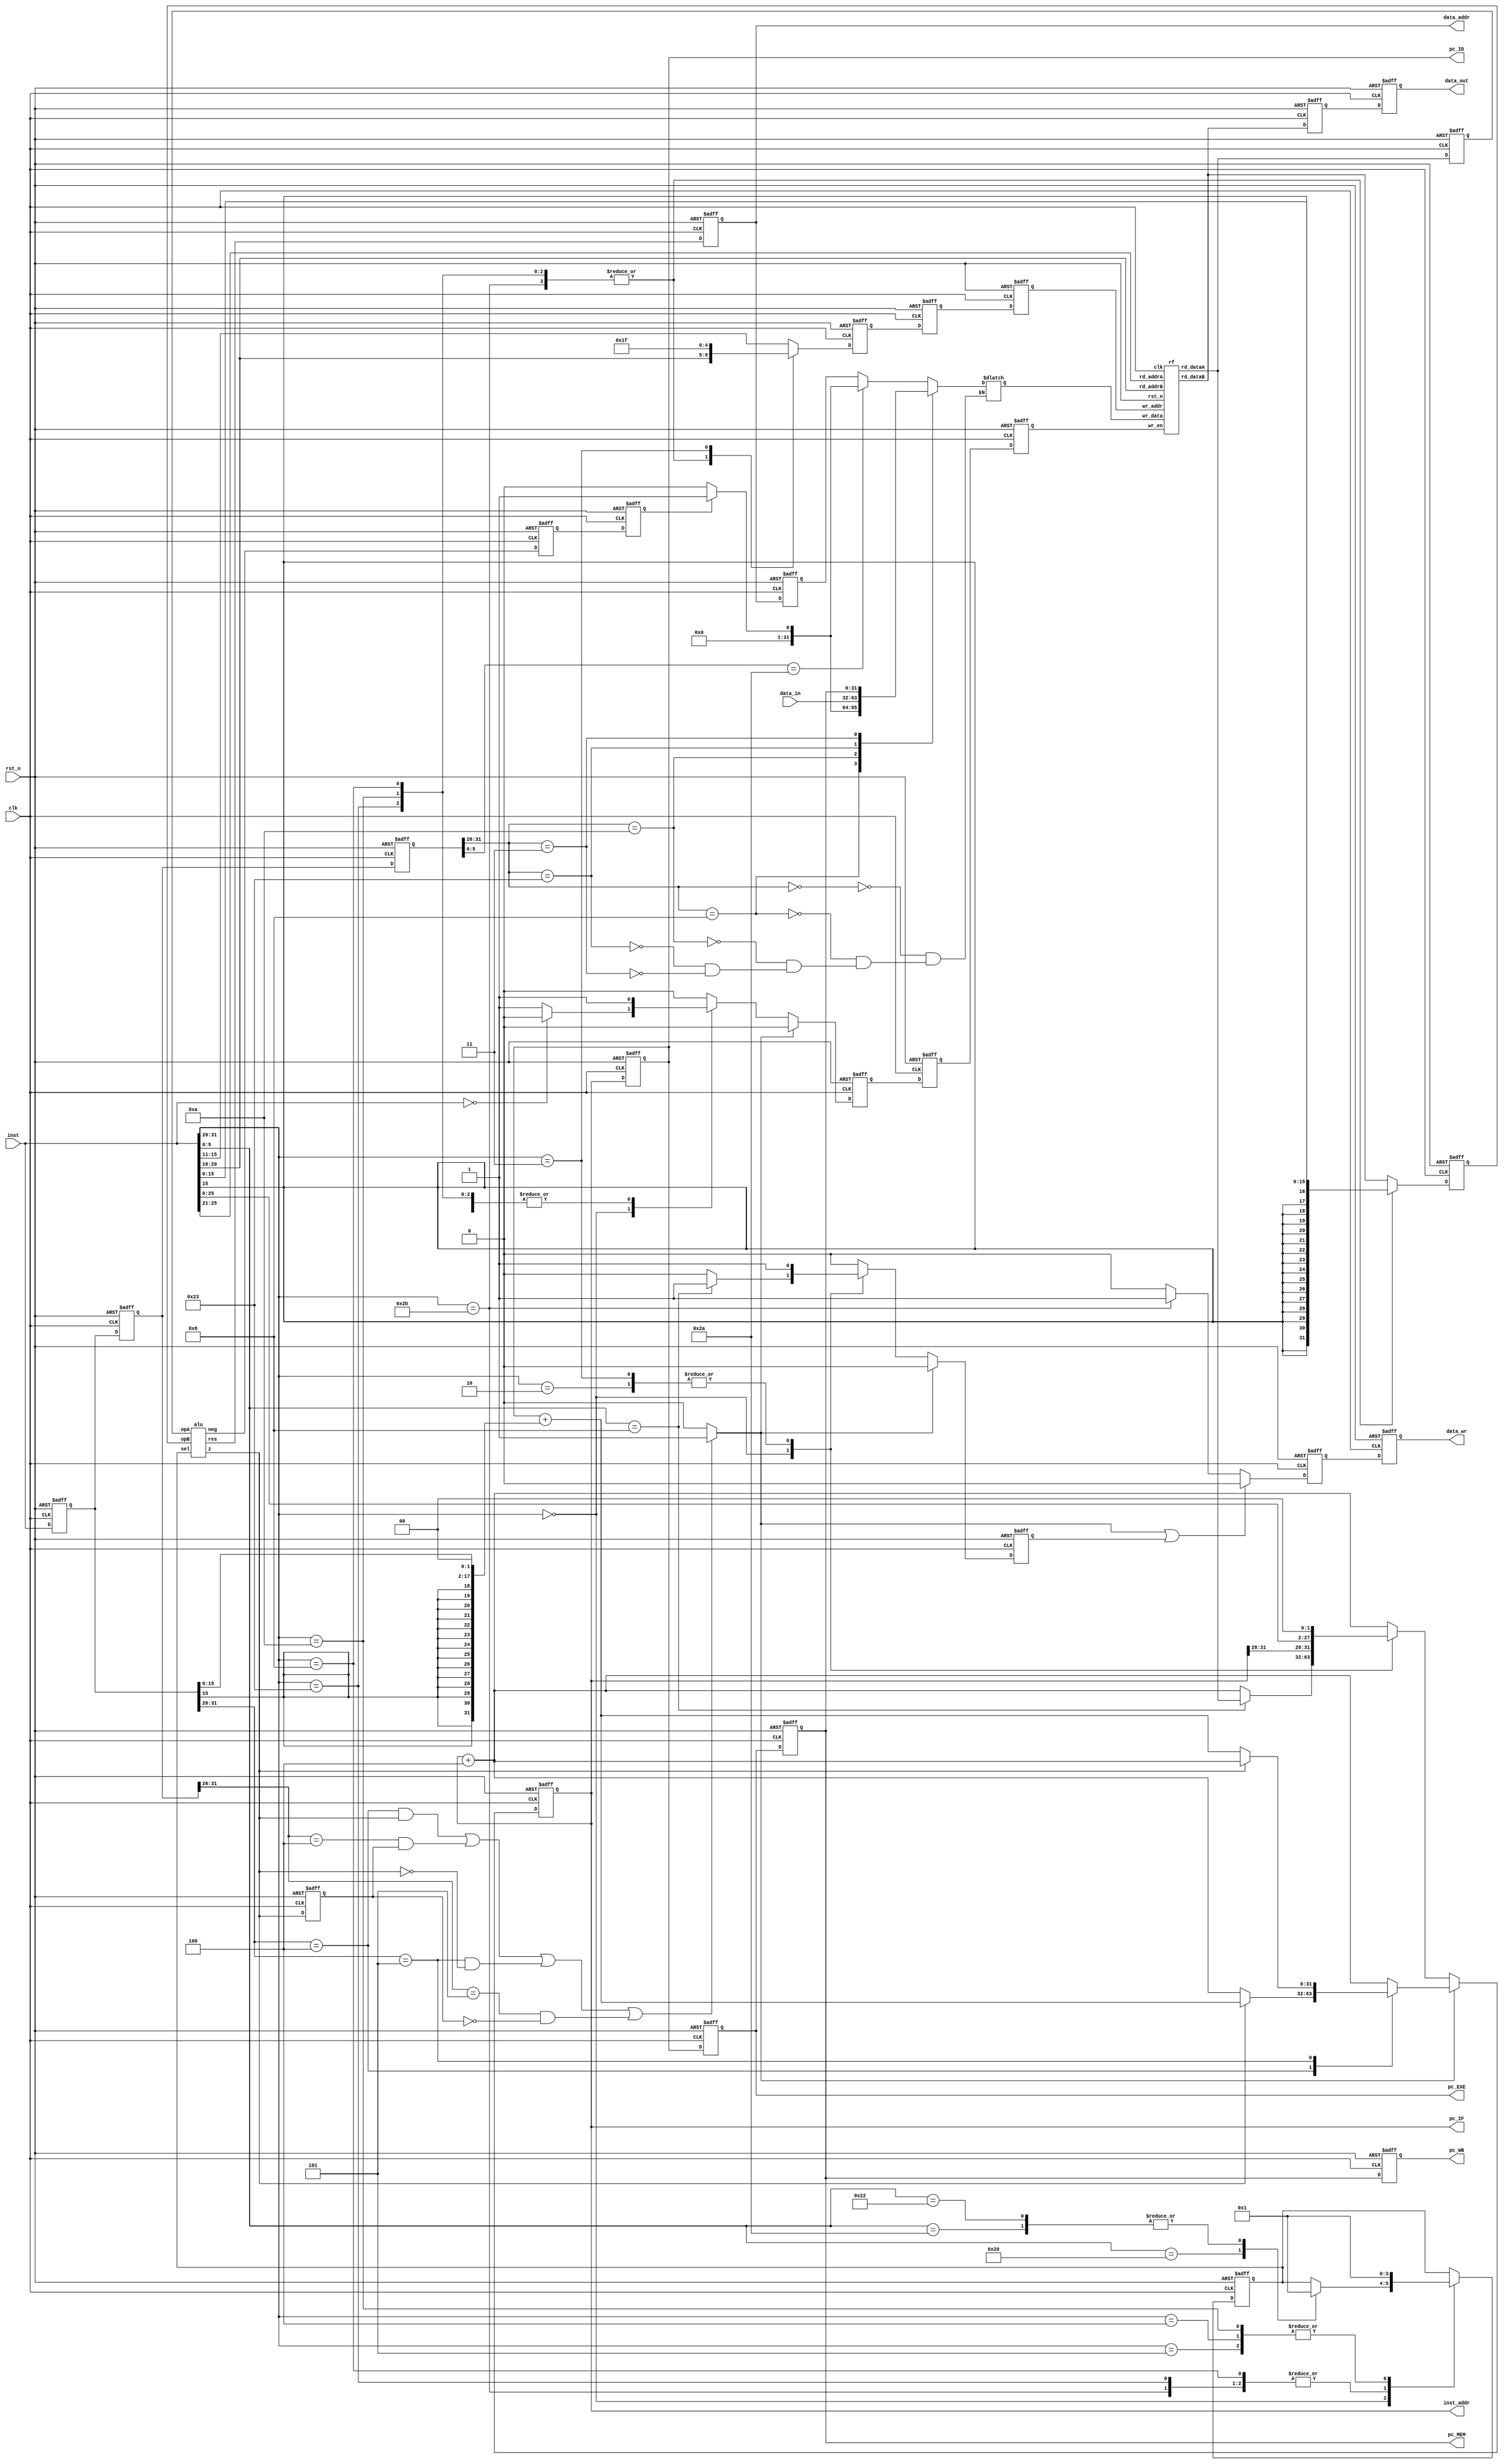
`timescale 1ns/1ps
`define WORD_WIDTH 32
`define MEM_DEPTH  32
`define MEM_WIDTH  32
`define INPUT_DELAY 5
`define OUTPUT_DELAY 5

module pipelined_mips ( clk, rst_n, inst_addr, inst, data_addr, data_in,
  data_out, data_wr, pc_IF, pc_ID, pc_EXE, pc_MEM, pc_WB );
  input clk;
  input rst_n;
  output [31:0] inst_addr;
  input [31:0] inst;
  output [31:0] data_addr;
  input [31:0] data_in;
  output [31:0] data_out;
  output data_wr;
  output [31:0] pc_IF;
  output [31:0] pc_ID;
  output [31:0] pc_EXE;
  output [31:0] pc_MEM;
  output [31:0] pc_WB;

  parameter instBEQ = 6'b000100;
  parameter instBNE = 6'b000101;
  parameter instADDI = 6'b001000;
  parameter instSLTI = 6'b001010;
  parameter instSW = 6'b101011;
  parameter instLW = 6'b100011;
  parameter instJUMP = 6'b000010;
  parameter instJAL = 6'b000011;

  parameter instRType = 6'd0;

  parameter functADD = 6'b100000;
  parameter functSUB = 6'b100010;
  parameter functSLT = 6'b101010;
  parameter functJR = 6'b001000;

  parameter aluAdd = 2'd0;
  parameter aluSub = 2'd1;

  wire [31:0] rd_dataA;
  wire [31:0] rd_dataB;

  /* Program Counter */
  reg [31:0] inst_addr;

  wire [31:0] aluRes;
  wire aluZ;
  wire aluNeg;

  wire [31:0] pc_IF;
  wire [31:0] pc_ID;
  wire [31:0] pc_EXE;
  wire [31:0] pc_MEM;
  wire [31:0] pc_WB;

  reg [31:0] if_id_inst_addr;
  wire [31:0] if_id_inst;

  reg [31:0] id_exe_aluOpA;
  reg [31:0] id_exe_aluOpB;
  reg [31:0] id_exe_storeOp;
  reg [4:0] id_exe_wr_addr;
  reg [31:0] id_exe_inst;
  reg [31:0] id_exe_inst_addr;
  reg [1:0] id_exe_aluSel;
  reg id_exe_data_wr;
  reg id_exe_wr_en;

  reg [31:0] exe_mem_aluRes;
  reg [31:0] exe_mem_storeOp;
  reg [4:0] exe_mem_wr_addr;
  reg [31:0] exe_mem_inst;
  reg [31:0] exe_mem_inst_addr;
  reg exe_mem_wr_en;
  reg exe_mem_data_wr;
  reg exe_mem_aluZ;
  reg exe_mem_aluNeg;

  reg [4:0] mem_wb_wr_addr;
  reg [31:0] mem_wb_wr_data;
  reg [31:0] mem_wb_inst;
  reg [31:0] mem_wb_inst_addr;
  reg [31:0] mem_wb_aluRes;
  reg mem_wb_wr_en;
  reg mem_wb_aluNeg;

  reg branch_taken;
  reg flush_jump;

  /* Register File */
  rf R1 (.clk(clk),
    .rst_n(rst_n),
    .rd_addrA(if_id_inst[25:21]),
    .rd_addrB(if_id_inst[20:16]),
    .rd_dataA(rd_dataA),
    .rd_dataB(rd_dataB),
    .wr_en(mem_wb_wr_en),
    .wr_addr(mem_wb_wr_addr),
    .wr_data(mem_wb_wr_data)
  );

  /* ALU */
  alu A1 (.opA(id_exe_aluOpA),
    .opB(id_exe_aluOpB),
    .sel(id_exe_aluSel),
    .res(aluRes),
    .z(aluZ),
    .neg(aluNeg)
  );

  always @ (*)
    if ( ((id_exe_inst[31:26] == instBEQ) && aluZ) || ((exe_mem_inst[31:26] == instBEQ) && exe_mem_aluZ) ||
      ((id_exe_inst[31:26] == instBNE) && !aluZ) || ((exe_mem_inst[31:26] == instBNE) && !exe_mem_aluZ) )
      branch_taken <= 1'b1;
    else
      branch_taken <= 1'b0;

  always @ (posedge clk, negedge rst_n)
    if (!rst_n) flush_jump <= 1'b0;
    else
      if (!branch_taken)
        case (if_id_inst[31:26])
          instRType:
            case (if_id_inst[5:0])
              functJR:
                flush_jump <= 1'b1;
              default:
                flush_jump <= 1'b0;
            endcase

          instJUMP,instJAL:
            flush_jump <= 1'b1;

          default:
            flush_jump <= 1'b0;
        endcase
      else
        flush_jump <= 1'b0;

  reg [31:0] new_inst_addr;
  reg [31:0] inst_plus_four;

  // Program Counter Logic
  always @ (posedge clk, negedge rst_n)
    if (!rst_n)
      inst_addr <= 0;
    else
      if (!branch_taken)
        case (if_id_inst[31:26])
          instRType:
            case (if_id_inst[5:0])
              functJR:
                // rd_dataA contains the value of $ra ($31)
                inst_addr <= rd_dataA;
              default:
                inst_addr <= inst_addr + 4;
            endcase
          instJUMP,
          instJAL:
            inst_addr <= { inst_addr[31:28], if_id_inst[25:0], 2'b0 };
          default:
            inst_addr <= inst_addr + 4;
        endcase
      else
        // "id_exe_inst[31:26]" is the instruction opcode at the EXE stage
        case (id_exe_inst[31:26])
          instBEQ:
            if (aluZ)
              inst_addr <= if_id_inst_addr + { {14{id_exe_inst[15]}}, id_exe_inst[15:0], 2'b0 };
            else
              inst_addr <= inst_addr + 4;
          instBNE:
            if (!aluZ)
              inst_addr <= if_id_inst_addr + { {14{id_exe_inst[15]}}, id_exe_inst[15:0], 2'b0 };
            else
              inst_addr <= inst_addr + 4;
          default:
            inst_addr <= inst_addr + 4;
        endcase

  /* IF/ID Pipeline Register */
  always @ (posedge clk, negedge rst_n)
    if (!rst_n) begin
      if_id_inst_addr <= 0;
    end
    else begin
      if_id_inst_addr <= pc_IF;
    end

  assign if_id_inst = inst;

  /* IF/ID Pipeline Register end */

  // PC at IF stage
  assign pc_IF = inst_addr;
  assign pc_ID = if_id_inst_addr;
  assign pc_EXE = id_exe_inst_addr;
  assign pc_MEM = exe_mem_inst_addr;
  assign pc_WB = mem_wb_inst_addr;

  /* ID/EXE Pipeline Register */
  always @ (posedge clk, negedge rst_n)
    if (!rst_n) id_exe_aluOpA <= 0;
    else id_exe_aluOpA <= rd_dataA;

  always @ (posedge clk, negedge rst_n)
    if (!rst_n) id_exe_aluOpB <= 0;
    else
      // "if_id_inst[31:26]" is the instruction opcode at ID stage
      case (if_id_inst[31:26])
        instRType:
          id_exe_aluOpB <= rd_dataB;
        instADDI,
        instSLTI,
        instSW,
        instLW:
          id_exe_aluOpB <= { {16{inst[15]}}, inst[15:0] };		// sign extend
        default:
          id_exe_aluOpB <= rd_dataB;
      endcase

  always @ (posedge clk, negedge rst_n)
    if (!rst_n) id_exe_storeOp <= 0;
    else id_exe_storeOp <= rd_dataB;

  always @ (posedge clk, negedge rst_n)
    if (!rst_n) id_exe_inst <= 0;
    else id_exe_inst <= if_id_inst;

  always @ (posedge clk, negedge rst_n)
    if (!rst_n) id_exe_inst_addr <= 0;
    else id_exe_inst_addr <= if_id_inst_addr;

  always @ (posedge clk, negedge rst_n)
    if (!rst_n) id_exe_wr_addr <= 0;
    else
      // "if_id_inst[31:26]" is the instruction opcode at ID stage
      case (if_id_inst[31:26])
        instRType:
          id_exe_wr_addr <= if_id_inst[15:11];		// rd
        instADDI,
        instSLTI,
        instSW,
        instLW:
          id_exe_wr_addr <= if_id_inst[20:16];		// rt
        instJAL:
          id_exe_wr_addr <= 31;   // write to $ra (return address)
        default:
          id_exe_wr_addr <= if_id_inst[15:11];
      endcase

  always @ (posedge clk, negedge rst_n)
    if (!rst_n) id_exe_aluSel <= 0;
    else
      // "if_id_inst[31:26]" is the instruction opcode at ID stage
      case (if_id_inst[31:26])
        instRType:
        // "if_id_inst[5:0]" is the funct code for an R type instruction at ID stage
          case (if_id_inst[5:0])
            functADD:
              id_exe_aluSel <= aluAdd;
            functSUB,
            functSLT:
              id_exe_aluSel <= aluSub;
          endcase
        instADDI,
        instSW,
        instLW:
          id_exe_aluSel <= aluAdd;
        instBEQ,
        instBNE,
        instSLTI:
          id_exe_aluSel <= aluSub;
      endcase

  always @ (posedge clk, negedge rst_n)
    if (!rst_n) id_exe_data_wr <= 0;
    else
      if (branch_taken || flush_jump)
        id_exe_data_wr <= 1'b0;
      else
        // "if_id_inst[31:26]" is the instruction opcode at ID stage
        case (if_id_inst[31:26])
          instSW:
            id_exe_data_wr <= 1'b1;
          default:
            id_exe_data_wr <= 1'b0;
        endcase

  always @ (posedge clk, negedge rst_n)
    if (!rst_n) id_exe_wr_en <= 0;
    else
      if (branch_taken)
        id_exe_wr_en <= 1'b0;
      else
        // "if_id_inst[31:26]" is the instruction opcode at ID stage
        case (if_id_inst[31:26])
          instRType:
            if (if_id_inst == 32'd0) id_exe_wr_en <= 1'b0;
            else id_exe_wr_en <= 1'b1;
          instADDI,
          instSLTI,
          instLW,
          instJAL:
            id_exe_wr_en <= 1'b1;
          default:
            id_exe_wr_en <= 1'b0;
        endcase

  /* EXE/MEM pipeline register */
  always @ (posedge clk, negedge rst_n)
    if (!rst_n) exe_mem_storeOp <= 0;
    else exe_mem_storeOp <= id_exe_storeOp;

  always @ (posedge clk, negedge rst_n)
    if (!rst_n) exe_mem_wr_addr <= 0;
    else exe_mem_wr_addr <= id_exe_wr_addr;

  always @ (posedge clk, negedge rst_n)
    if (!rst_n) exe_mem_inst <= 0;
    else exe_mem_inst <= id_exe_inst;

  always @ (posedge clk, negedge rst_n)
    if (!rst_n) exe_mem_inst_addr <= 0;
    else exe_mem_inst_addr <= id_exe_inst_addr;

  always @ (posedge clk, negedge rst_n)
    if (!rst_n) exe_mem_wr_en <= 0;
    else exe_mem_wr_en <= id_exe_wr_en;

  always @ (posedge clk, negedge rst_n)
    if (!rst_n)  exe_mem_data_wr <= 0;
    else exe_mem_data_wr <= id_exe_data_wr;

  always @ (posedge clk, negedge rst_n)
    if (!rst_n) exe_mem_aluRes <= 0;
    else exe_mem_aluRes <= aluRes;

  always @ (posedge clk, negedge rst_n)
    if (!rst_n) exe_mem_aluNeg <= 0;
    else exe_mem_aluNeg <= aluNeg;

  always @ (posedge clk, negedge rst_n)
    if (!rst_n) exe_mem_aluZ <= 0;
    else exe_mem_aluZ <= aluZ;

  /* EXE/MEM pipeline register end */

  assign data_addr = exe_mem_aluRes;
  assign data_out = exe_mem_storeOp;
  assign data_wr = exe_mem_data_wr;

  /* MEM/WB pipeline register */
  always @ (posedge clk, negedge rst_n)
    if (!rst_n) mem_wb_inst <= 0;
    else mem_wb_inst <= exe_mem_inst;

  always @ (posedge clk, negedge rst_n)
    if (!rst_n) mem_wb_inst_addr <= 0;
    else mem_wb_inst_addr <= exe_mem_inst_addr;

  always @ (posedge clk, negedge rst_n)
    if (!rst_n) mem_wb_wr_addr <= 0;
    else mem_wb_wr_addr <= exe_mem_wr_addr;

  always @ (posedge clk, negedge rst_n)
    if (!rst_n) mem_wb_wr_en <= 0;
    else mem_wb_wr_en <= exe_mem_wr_en;

  always @ (posedge clk, negedge rst_n)
    if (!rst_n) mem_wb_aluRes <= 0;
    else mem_wb_aluRes <= exe_mem_aluRes;

  always @ (posedge clk, negedge rst_n)
    if (!rst_n) mem_wb_aluNeg <= 0;
    else mem_wb_aluNeg <= exe_mem_aluNeg;

  /* MEM/WB pipeline register end */


  always @ (*)
    case (mem_wb_inst[31:26])
      instRType: begin
        // "exe_mem_inst[5:0]" is the funct code for an R type instruction at ID stage
        case (mem_wb_inst[5:0])
          functSLT:
            if (mem_wb_aluNeg)
              mem_wb_wr_data <= 32'd1;
            else
              mem_wb_wr_data <= 32'd0;
          default:
            mem_wb_wr_data <= mem_wb_aluRes;
        endcase
      end

      instADDI: begin
        mem_wb_wr_data <= mem_wb_aluRes;
      end

      instSLTI: begin
        if (mem_wb_aluNeg)
          mem_wb_wr_data <= 32'd1;
        else
          mem_wb_wr_data <= 32'd0;
      end

      instLW: begin
        mem_wb_wr_data <= data_in;
      end

      instJAL:
        // exe_mem_inst_addr is PC + 4
        mem_wb_wr_data <= exe_mem_inst_addr;
        // mem_wb_wr_data <= exe_mem_inst_addr + 4;
    endcase


endmodule

module alu ( opA, opB, sel, res, z, neg );
	input [`WORD_WIDTH-1:0] opA;
	input [`WORD_WIDTH-1:0]	opB;
	input [1:0] sel;
	output [31:0] res;
	output z;
	output neg;

	wire [`WORD_WIDTH-1:0] res_add;
	wire [`WORD_WIDTH-1:0] res_sub;
  reg [31:0] res_temp;

  assign res_add = opA + opB;
  assign res_sub = opA - opB;

	/* res output */
  always @ (*)
    case (sel)
      2'd0: res_temp <= res_add;
      2'd1: res_temp <= res_sub;
    endcase

  assign #(`INPUT_DELAY) res = res_temp;

	/* zero flag */
	assign #(`INPUT_DELAY) z = (res_temp == 0) ? 1'b1 : 1'b0;

	/* negative number flag */
	assign #(`INPUT_DELAY) neg = (res_temp[31] == 1'b1) ? 1'b1 : 1'b0;

endmodule

module rf(
	input clk,
	input rst_n,
	input [4:0] rd_addrA,
	input [4:0] rd_addrB,
	output [`WORD_WIDTH-1:0] rd_dataA,
	output [`WORD_WIDTH-1:0] rd_dataB,
	input wr_en,
	input [4:0] wr_addr,
	input [`WORD_WIDTH-1:0] wr_data
);

	reg [`MEM_WIDTH-1:0] regf [`MEM_DEPTH-1:0];

  wire [31:0] reg0;
	wire [31:0] reg1;
	wire [31:0] reg2;
	wire [31:0] reg3;
	wire [31:0] reg4;
	wire [31:0] reg5;
	wire [31:0] reg6;
	wire [31:0] reg7;
	wire [31:0] reg8;
	wire [31:0] reg9;
	wire [31:0] reg10;
	wire [31:0] reg11;
	wire [31:0] reg12;
	wire [31:0] reg13;
	wire [31:0] reg14;
	wire [31:0] reg15;
	wire [31:0] reg16;
	wire [31:0] reg17;
	wire [31:0] reg18;
	wire [31:0] reg19;
	wire [31:0] reg20;
	wire [31:0] reg21;
	wire [31:0] reg22;
	wire [31:0] reg23;
	wire [31:0] reg24;
	wire [31:0] reg25;
	wire [31:0] reg26;
	wire [31:0] reg27;
	wire [31:0] reg28;
	wire [31:0] reg29;
	wire [31:0] reg30;
	wire [31:0] reg31;

  assign reg0 = regf[0];
	assign reg1 = regf[1];
	assign reg2 = regf[2];
	assign reg3 = regf[3];
	assign reg4 = regf[4];
	assign reg5 = regf[5];
	assign reg6 = regf[6];
	assign reg7 = regf[7];
	assign reg8 = regf[8];
	assign reg9 = regf[9];
	assign reg10 = regf[10];
	assign reg11 = regf[11];
	assign reg12 = regf[12];
	assign reg13 = regf[13];
	assign reg14 = regf[14];
	assign reg15 = regf[15];
	assign reg16 = regf[16];
	assign reg17 = regf[17];
	assign reg18 = regf[18];
	assign reg19 = regf[19];
	assign reg20 = regf[20];
	assign reg21 = regf[21];
	assign reg22 = regf[22];
	assign reg23 = regf[23];
	assign reg24 = regf[24];
	assign reg25 = regf[25];
	assign reg26 = regf[26];
	assign reg27 = regf[27];
	assign reg28 = regf[28];
	assign reg29 = regf[29];
	assign reg30 = regf[30];
	assign reg31 = regf[31];

	always @ (posedge clk, negedge rst_n)
		if (!rst_n) begin
			regf[0] <= 32'd0;
			regf[1] <= 32'd0;
			regf[2] <= 32'd0;
			regf[3] <= 32'd0;
			regf[4] <= 32'd0;
			regf[5] <= 32'd0;
			regf[6] <= 32'd0;
			regf[7] <= 32'd0;
			regf[8] <= 32'd0;
			regf[9] <= 32'd0;
			regf[10] <= 32'd0;
			regf[11] <= 32'd0;
			regf[12] <= 32'd0;
			regf[13] <= 32'd0;
			regf[14] <= 32'd0;
			regf[15] <= 32'd0;
			regf[16] <= 32'd0;
			regf[17] <= 32'd0;
			regf[18] <= 32'd0;
			regf[19] <= 32'd0;
			regf[20] <= 32'd0;
			regf[21] <= 32'd0;
			regf[22] <= 32'd0;
			regf[23] <= 32'd0;
			regf[24] <= 32'd0;
			regf[25] <= 32'd0;
			regf[26] <= 32'd0;
			regf[27] <= 32'd0;
			regf[28] <= 32'd0;
			regf[29] <= 32'd0;
			regf[30] <= 32'd0;
			regf[31] <= 32'd0;
		end
		else
			if (wr_en)
				case (wr_addr)
					5'd0: regf[wr_addr] <= 0;
					default: regf[wr_addr] <= wr_data;
				endcase

	assign rd_dataA = regf[rd_addrA];
	assign rd_dataB = regf[rd_addrB];

endmodule